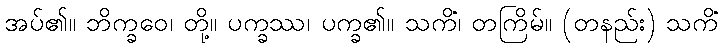
အပ်၏။ ဘိက္ခဝေ၊ တို့။ ပက္ခဿ၊ ပက္ခ၏။ သကိံ၊ တကြိမ်။ (တနည်း) သကိံ